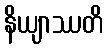
နိယျာဿတိ